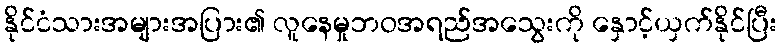
နိုင်ငံသားအများအပြား၏ လူနေမှုဘဝအရည်အသွေးကို နှောင့်ယှက်နိုင်ပြီး